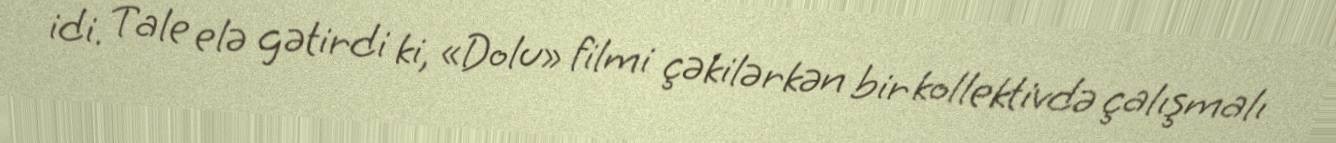
idi. Tale elə gətirdi ki, «Dolu» filmi çəkilərkən bir kollektivdə çalışmalı